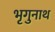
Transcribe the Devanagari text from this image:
भृगुनाथ